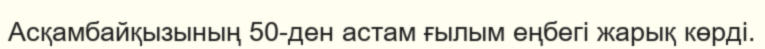
Асқамбайқызының 50-ден астам ғылым еңбегі жарық көрді.